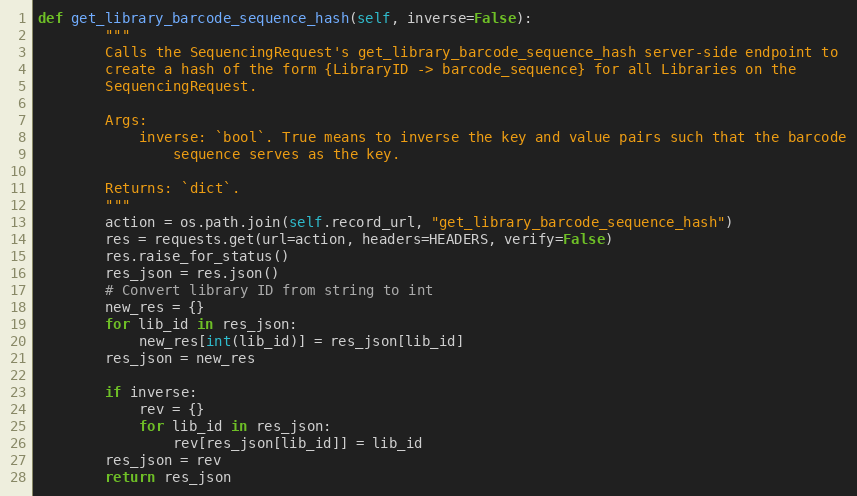
Language: Python
def get_library_barcode_sequence_hash(self, inverse=False):
        """
        Calls the SequencingRequest's get_library_barcode_sequence_hash server-side endpoint to
        create a hash of the form {LibraryID -> barcode_sequence} for all Libraries on the
        SequencingRequest.

        Args:
            inverse: `bool`. True means to inverse the key and value pairs such that the barcode
                sequence serves as the key.

        Returns: `dict`.
        """
        action = os.path.join(self.record_url, "get_library_barcode_sequence_hash")
        res = requests.get(url=action, headers=HEADERS, verify=False)
        res.raise_for_status()
        res_json = res.json()
        # Convert library ID from string to int
        new_res = {}
        for lib_id in res_json:
            new_res[int(lib_id)] = res_json[lib_id]
        res_json = new_res

        if inverse:
            rev = {}
            for lib_id in res_json:
                rev[res_json[lib_id]] = lib_id
        res_json = rev
        return res_json